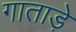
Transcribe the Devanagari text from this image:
गाताड़े